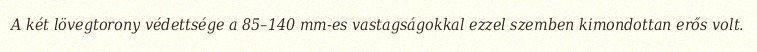
A két lövegtorony védettsége a 85–140 mm-es vastagságokkal ezzel szemben kimondottan erős volt.